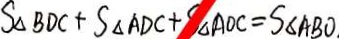
S _ { \Delta } B D C + S _ { \Delta } A D C + S _ { \Delta } A O C = S _ { \Delta } A B O